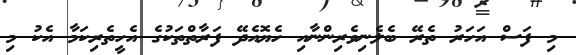
މި ފަސް އަހަރު ތެރޭ ބެލެނިވެރިންނާއި ހެޔޮއެދޭ ފަރާތްތަކުގެ އެހީތެރިކަމާ އެކު މި